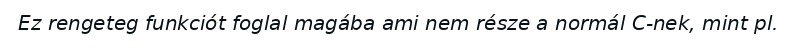
Ez rengeteg funkciót foglal magába ami nem része a normál C-nek, mint pl.